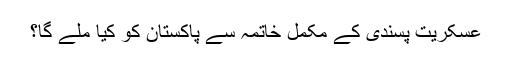
عسکریت پسندی کے مکمل خاتمہ سے پاکستان کو کیا ملے گا؟